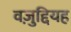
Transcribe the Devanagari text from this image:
वज़ुद्दियह